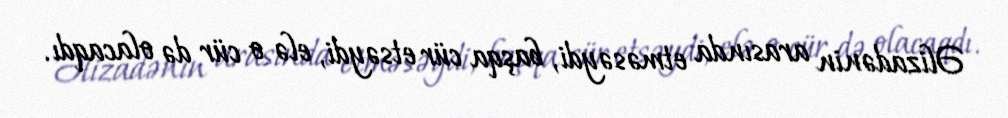
Əlizadənin arasında etməsəydi, başqa cür etsəydi, elə o cür də olacaqdı.